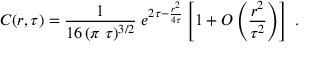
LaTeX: C ( r , \tau ) = { \frac { 1 } { 1 6 \, ( \pi \; \tau ) ^ { 3 / 2 } } } \; e ^ { 2 \tau - { \frac { r ^ { 2 } } { 4 \tau } } } \left[ 1 + { \cal O } \left( { \frac { r ^ { 2 } } { \tau ^ { 2 } } } \right) \right] \; .